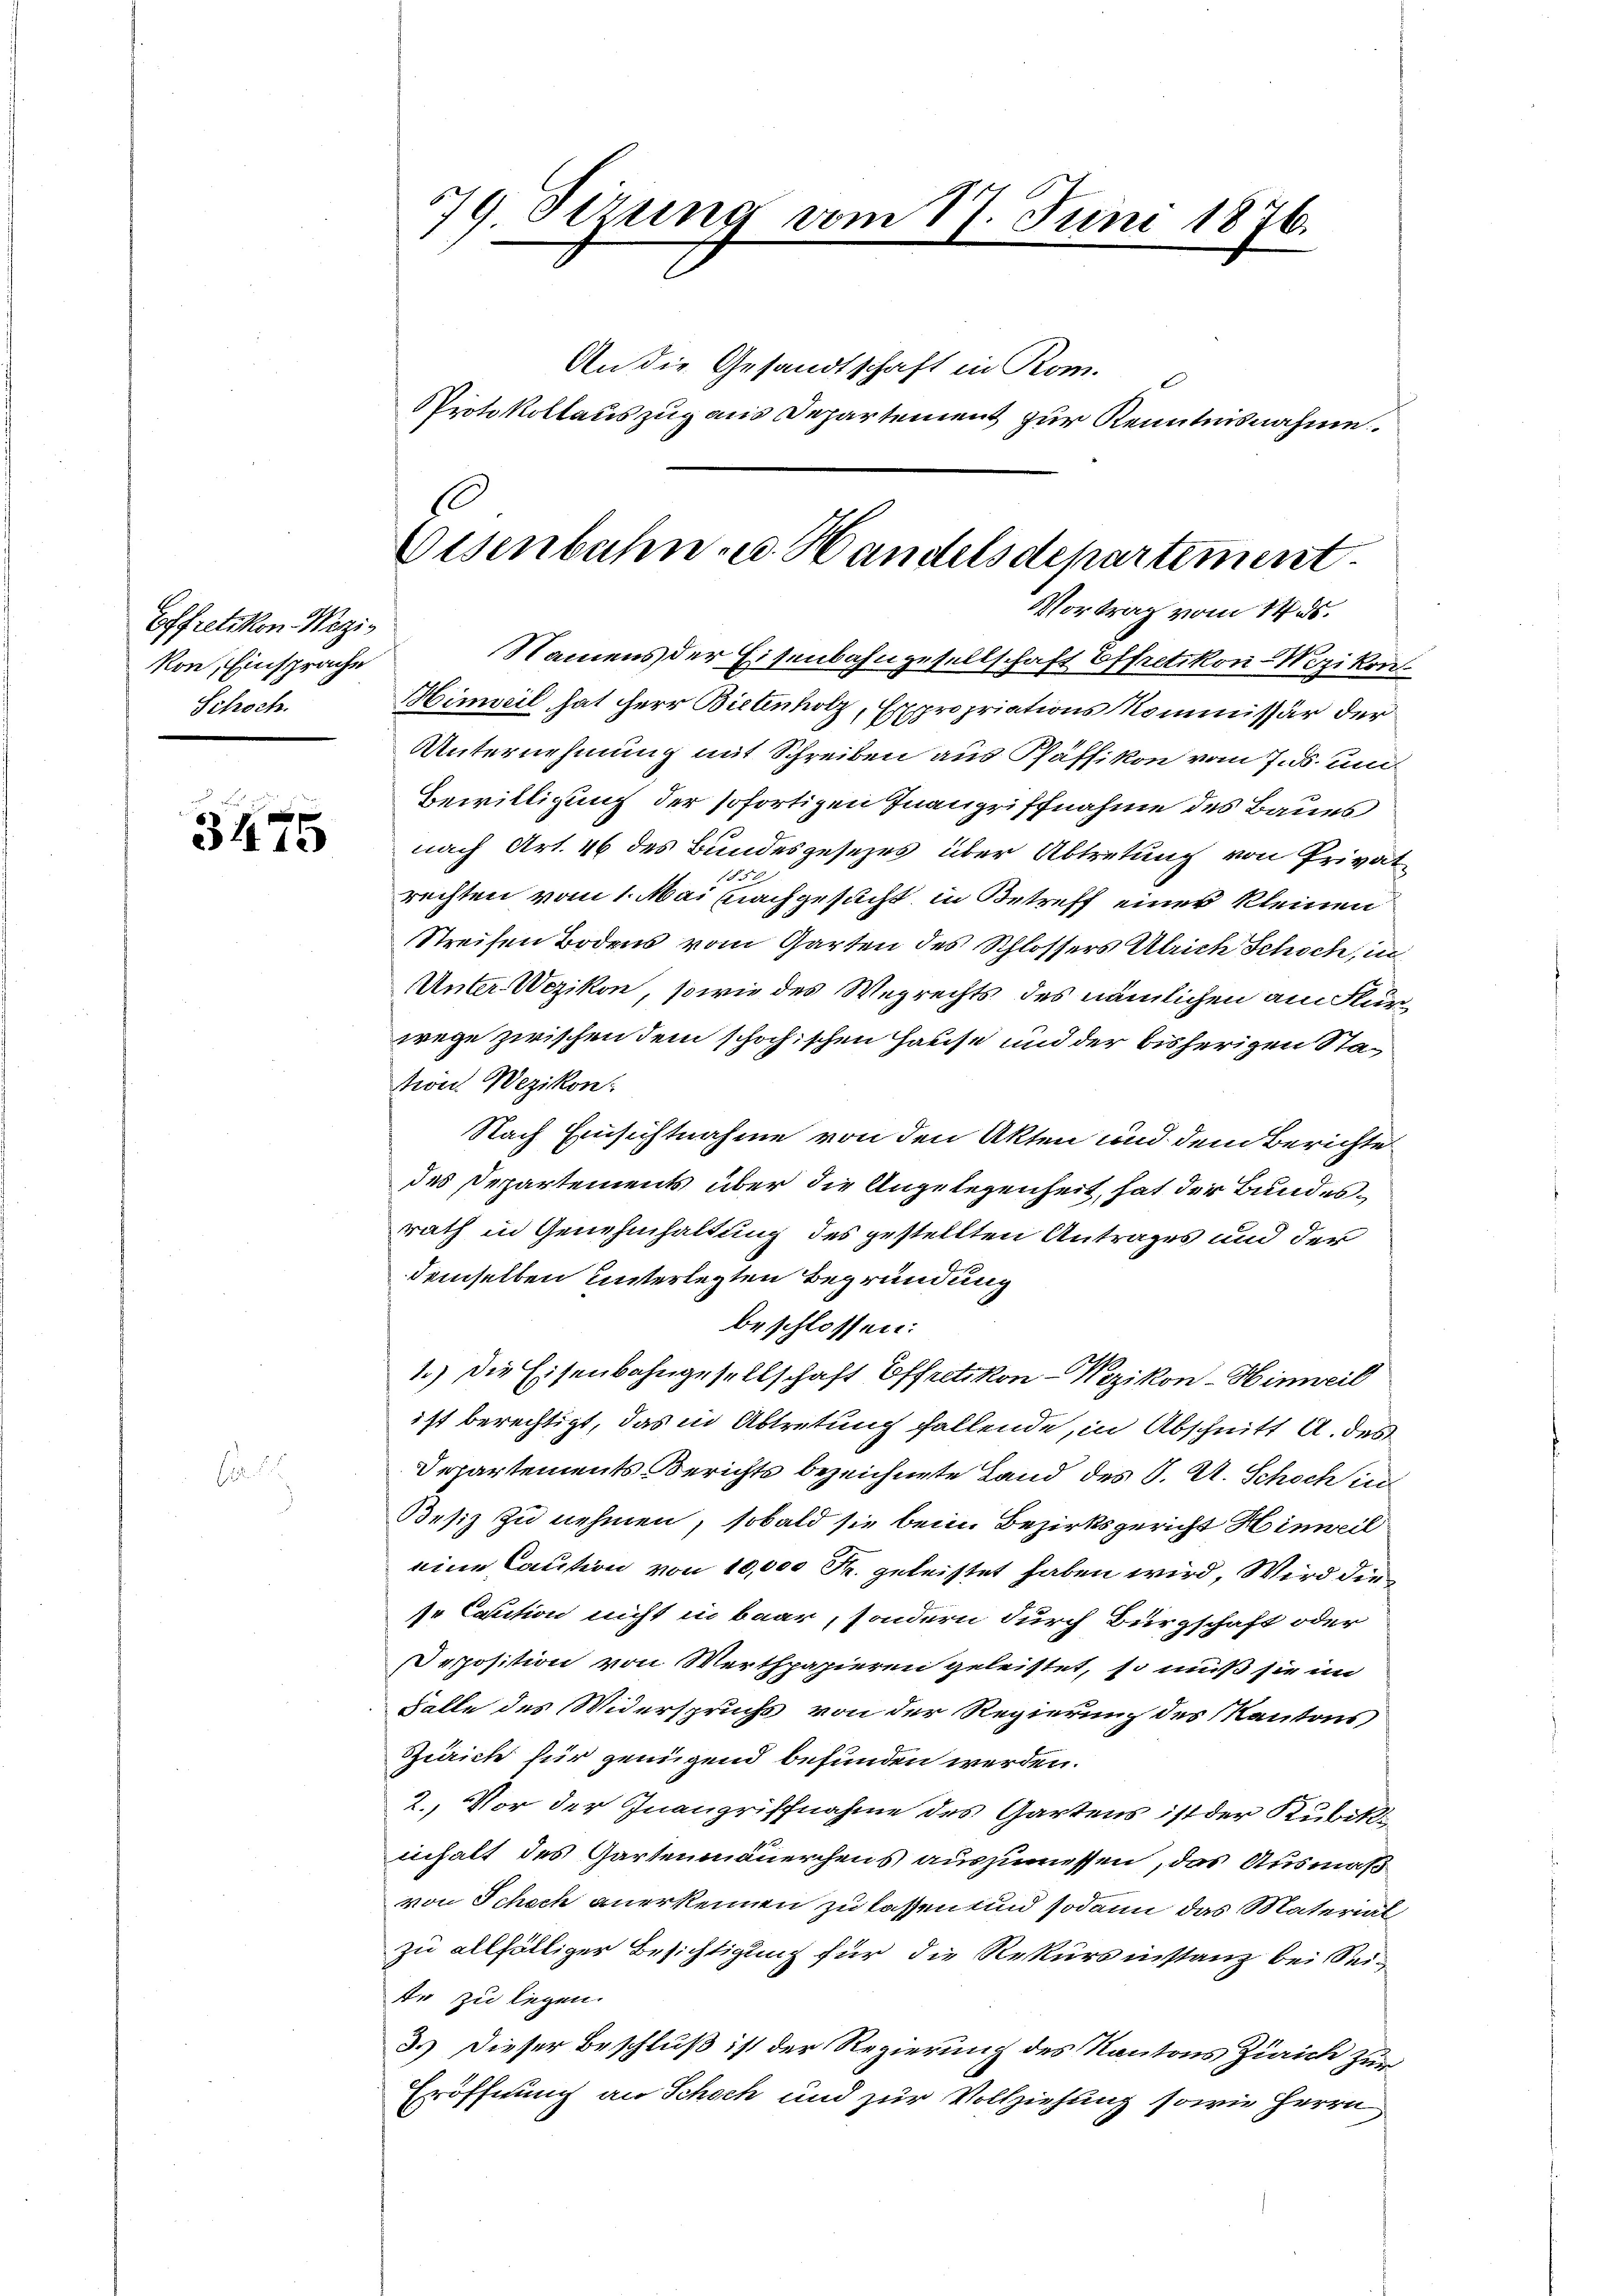
Effretikon Wegzi
von, Einsprache
Schoch.

3475

Sirung vom 17. Juni 1876.
2
An die Gesandtschaft in Kom-
Protokollauszug aus Departement zur Kenntnisnahme.

d
Eisenbahn- u. Handelsdepartement
Vortrag vom 14. ds.

Namens der Eisenbahngesellschaft Effretikon-Nozikon
Himweil hat Herr Bietenholz, Expropriations Kommissär der
Unternehmung mit Schreiben aus Pfäffikon vom 7. ds. um
Bewilligung der sofortigen Inangriffnahme des Baues
nach Art. 46 des Bundesgesezes über Abtretung von Privat
10
rechten vom 1. Mai nachgesucht, in Betreff einer kleinen
Streifen Bodens vom Garten des Schlossers Ulrich Schoch, in
Unter Wezikon, sowie des Wegrechts des nämlichen am Furwege zwischen dem schochischen Hause und der bisherigen Sta¬
Non Wezikon:
Nach Einsichtnahme von den Akten und dem Berichte
des Departements über die Angelegenheit, hat der Bundesrath in Genehmhaltung des gestellten Antrages und der
demselben unterletzten Begründung
beschlossen:
1.) Die Eisenbahngesellschaft Effretikon - Wezikon-Hinweil
ist berechtigt, das in Abtretung fallende, in Abschnitt A. des
Departements Berichts bezeichnete Land des J. A. Schoch in
Besiz zu nehmen, sobald sie beim Bezirksgericht Hinweil
eine Caution von 10,000 Fr. geleistet haben wird, Wird die
se Caution nicht in baar, sondern durch Bürgschaft oder
Deposition von Werthpapieren geleistet, so muß sie im
Falle des Widerspruchs von der Regierung des Kantons,
Zürich für genügend befunden werden.
2. Vor der Inangriffnahme des Gartens ist der Kubik
inhalt des Gartenmäuerchens auszumessen, das Ausmaß
von Schech anerkennen zu lassen und sodann das Material
zu allfälliger Besichtigung für die Rekursinstanz bei Sei-
Er zu legen.
3.) Dieser Beschluß ist der Regierung des Kantons Zürich zur
Eröffnung an Schoch und zur Vollziehung sowie Herrn